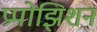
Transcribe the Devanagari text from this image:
प्रपोझिशन